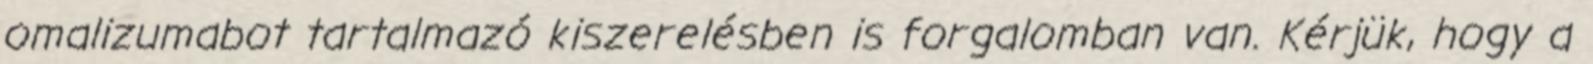
omalizumabot tartalmazó kiszerelésben is forgalomban van. Kérjük, hogy a